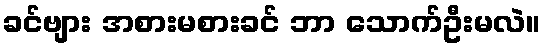
ခင်ဗျား အစားမစားခင် ဘာ သောက်ဦးမလဲ။